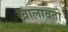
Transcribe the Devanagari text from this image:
खालावतो